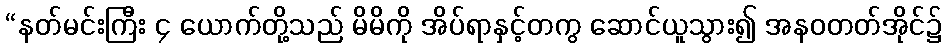
“နတ်မင်းကြီး ၄ ယောက်တို့သည် မိမိကို အိပ်ရာနှင့်တကွ ဆောင်ယူသွား၍ အနဝတတ်အိုင်၌